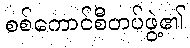
စစ်ကောင်စီတပ်ဖွဲ့၏